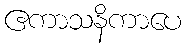
ဧကာသနိကာပေ